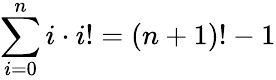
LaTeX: \sum_{i=0}^{n}i\cdot i!=(n+1)!-1